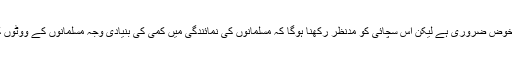
اس پر غوروخوض ضروری ہے لیکن اس سچائی کو مدنظر رکھنا ہوگا کہ مسلمانوں کی نمائندگی میں کمی کی بنیادی وجہ مسلمانوں کے ووٹوں کا انتشار ہے۔